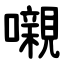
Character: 嚫